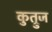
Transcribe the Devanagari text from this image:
कुत्रुज